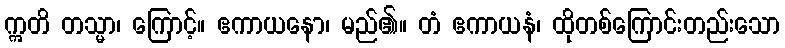
ဣတိ တသ္မာ၊ ကြောင့်။ ဧကာယနော၊ မည်၏။ တံ ဧကာယနံ၊ ထိုတစ်ကြောင်းတည်းသော